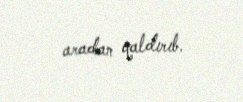
aradan qaldırıb.